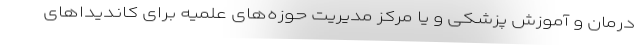
درمان و آموزش پزشکی و یا مرکز مدیریت حوزه‌های علمیه برای کاندیداهای